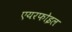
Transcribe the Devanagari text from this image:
एयरफोइल